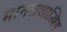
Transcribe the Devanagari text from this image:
मानसशास्त्रिय